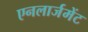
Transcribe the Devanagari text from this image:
एनलार्जमेंट